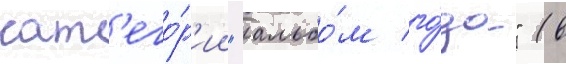
кат'его́р'ии "альбо́м го́да" (в